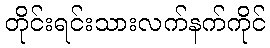
တိုင်းရင်းသားလက်နက်ကိုင်